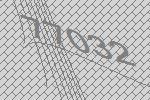
77032